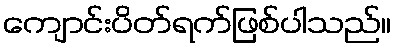
ကျောင်းပိတ်ရက်ဖြစ်ပါသည်။